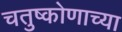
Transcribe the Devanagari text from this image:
चतुष्कोणाच्या